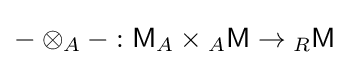
-\otimes _{A}-:{\mathsf {M}}_{A}\times {}_{A}{\mathsf {M}}\to {}_{R}{\mathsf {M}}